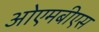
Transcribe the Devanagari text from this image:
ओएमबीएस